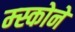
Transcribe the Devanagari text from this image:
म्स्कोने